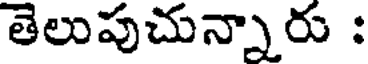
తెలుపుచున్నారు :